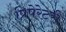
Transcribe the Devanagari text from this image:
प्रिपेरेटरी